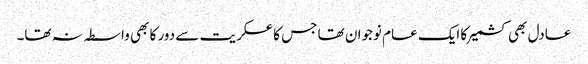
عادل بھی کشمیر کا ایک عام نوجوان تھا جس کا عسکریت سے دور کا بھی واسطہ نہ تھا۔